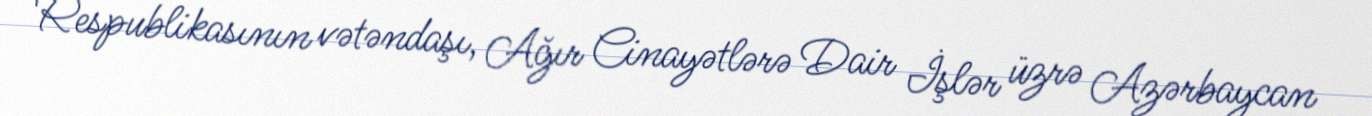
Respublikasının vətəndaşı, Ağır Cinayətlərə Dair İşlər üzrə Azərbaycan